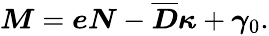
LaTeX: \begin{array}{r}{\boldsymbol{{M}}=\boldsymbol{{{e}}}\boldsymbol{{N}}-\boldsymbol{{\overline{{D}}}}\boldsymbol{{\kappa}}+\boldsymbol{{{\gamma}}}_{0}.}\end{array}